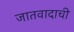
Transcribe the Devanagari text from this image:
जातवादाची